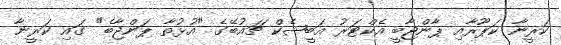
ކަރީނާ ކަޕޫރާއި ޕާންޖާބީ އެކްޓަރު އަބީޝެކް ޗައުބޭގެ "އުޅުތާ ޕަންޖާބެ" ގައި ކަރީނާ